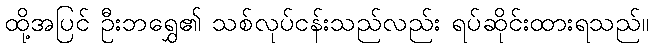
ထို့အပြင် ဦးဘရွှေ၏ သစ်လုပ်ငန်းသည်လည်း ရပ်ဆိုင်းထားရသည်။